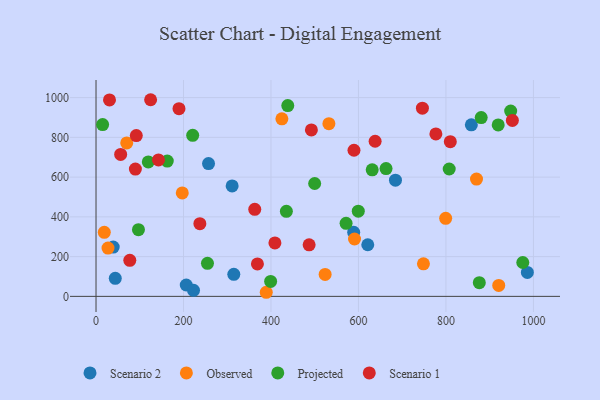
{"axis": {"x": "Ad Spend", "y": "Yield"}, "legend": ["Observed", "Projected", "Scenario 1", "Scenario 2"], "data": [{"x": "206.3", "y": 57.1, "type": "Scenario 2"}, {"x": "858.1", "y": 863.0, "type": "Scenario 2"}, {"x": "222.9", "y": 30.5, "type": "Scenario 2"}, {"x": "257.2", "y": 668.2, "type": "Scenario 2"}, {"x": "684.6", "y": 584.5, "type": "Scenario 2"}, {"x": "311.2", "y": 555.8, "type": "Scenario 2"}, {"x": "589.1", "y": 322.5, "type": "Scenario 2"}, {"x": "44.0", "y": 91.0, "type": "Scenario 2"}, {"x": "986.2", "y": 120.4, "type": "Scenario 2"}, {"x": "315.0", "y": 111.0, "type": "Scenario 2"}, {"x": "621.3", "y": 259.7, "type": "Scenario 2"}, {"x": "39.3", "y": 248.1, "type": "Scenario 2"}, {"x": "591.0", "y": 288.7, "type": "Observed"}, {"x": "70.2", "y": 772.1, "type": "Observed"}, {"x": "27.4", "y": 242.9, "type": "Observed"}, {"x": "389.2", "y": 20.6, "type": "Observed"}, {"x": "869.9", "y": 590.2, "type": "Observed"}, {"x": "424.9", "y": 893.3, "type": "Observed"}, {"x": "523.8", "y": 110.3, "type": "Observed"}, {"x": "799.4", "y": 392.7, "type": "Observed"}, {"x": "197.2", "y": 520.4, "type": "Observed"}, {"x": "532.4", "y": 868.7, "type": "Observed"}, {"x": "18.9", "y": 322.3, "type": "Observed"}, {"x": "748.6", "y": 163.9, "type": "Observed"}, {"x": "920.7", "y": 55.3, "type": "Observed"}, {"x": "399.2", "y": 75.4, "type": "Projected"}, {"x": "880.6", "y": 899.5, "type": "Projected"}, {"x": "438.4", "y": 960.0, "type": "Projected"}, {"x": "15.1", "y": 864.4, "type": "Projected"}, {"x": "162.9", "y": 680.9, "type": "Projected"}, {"x": "948.0", "y": 932.2, "type": "Projected"}, {"x": "119.5", "y": 676.4, "type": "Projected"}, {"x": "663.1", "y": 642.9, "type": "Projected"}, {"x": "876.3", "y": 68.7, "type": "Projected"}, {"x": "97.0", "y": 335.4, "type": "Projected"}, {"x": "631.4", "y": 636.5, "type": "Projected"}, {"x": "919.5", "y": 862.5, "type": "Projected"}, {"x": "254.8", "y": 166.4, "type": "Projected"}, {"x": "807.5", "y": 640.8, "type": "Projected"}, {"x": "435.2", "y": 427.8, "type": "Projected"}, {"x": "975.7", "y": 170.5, "type": "Projected"}, {"x": "571.7", "y": 367.5, "type": "Projected"}, {"x": "221.0", "y": 810.3, "type": "Projected"}, {"x": "499.9", "y": 567.8, "type": "Projected"}, {"x": "599.6", "y": 428.5, "type": "Projected"}, {"x": "92.1", "y": 808.8, "type": "Scenario 1"}, {"x": "589.8", "y": 735.1, "type": "Scenario 1"}, {"x": "492.4", "y": 837.3, "type": "Scenario 1"}, {"x": "810.0", "y": 778.1, "type": "Scenario 1"}, {"x": "638.1", "y": 780.5, "type": "Scenario 1"}, {"x": "124.8", "y": 989.3, "type": "Scenario 1"}, {"x": "142.8", "y": 686.2, "type": "Scenario 1"}, {"x": "77.2", "y": 181.5, "type": "Scenario 1"}, {"x": "30.8", "y": 988.2, "type": "Scenario 1"}, {"x": "951.9", "y": 885.4, "type": "Scenario 1"}, {"x": "777.0", "y": 817.3, "type": "Scenario 1"}, {"x": "56.3", "y": 713.9, "type": "Scenario 1"}, {"x": "237.4", "y": 365.8, "type": "Scenario 1"}, {"x": "487.2", "y": 259.3, "type": "Scenario 1"}, {"x": "362.9", "y": 438.0, "type": "Scenario 1"}, {"x": "369.0", "y": 163.3, "type": "Scenario 1"}, {"x": "409.0", "y": 268.8, "type": "Scenario 1"}, {"x": "746.2", "y": 947.0, "type": "Scenario 1"}, {"x": "90.0", "y": 640.6, "type": "Scenario 1"}, {"x": "189.7", "y": 944.4, "type": "Scenario 1"}]}